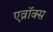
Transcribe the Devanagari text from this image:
एव्रॉक्स